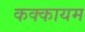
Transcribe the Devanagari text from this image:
कक्कायम